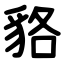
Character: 貉